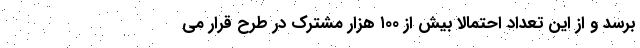
برسد و از این تعداد احتمالاً بیش از ۱۰۰ هزار مشترک در طرح قرار می